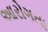
આરોગતા